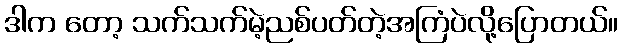
ဒါက တော့ သက်သက်မဲ့ညစ်ပတ်တဲ့အကြံပဲလို့ပြောတယ်။